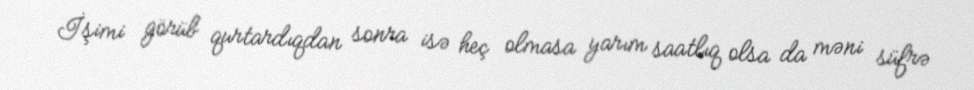
İşimi görüb qurtardıqdan sonra isə heç olmasa yarım saatlıq olsa da məni süfrə